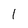
Character: 1